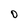
Character: D